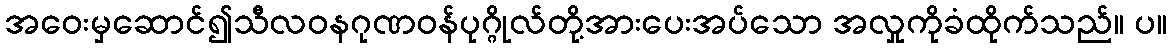
အဝေးမှဆောင်၍သီလဝနဂုဏဝန်ပုဂ္ဂိုလ်တို့အားပေးအပ်သော အလှုကိုခံထိုက်သည်။ ပ။